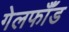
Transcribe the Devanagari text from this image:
गेलफॉँड